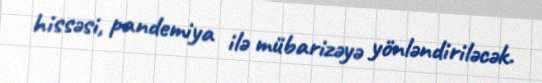
hissəsi, pandemiya ilə mübarizəyə yönləndiriləcək.